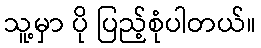
သူ့မှာ ပို ပြည့်စုံပါတယ်။